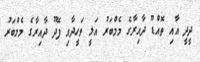
ދީދީ އާއި ތޮއްޑޫ ދާއިރާގެ މެމްބަރު އަލީ ވަހީދާއި ފޭދޫ ދާއިރާގެ މެމްބަރު